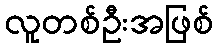
လူတစ်ဦးအဖြစ်